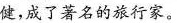
健，成了著名的旅行家。